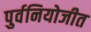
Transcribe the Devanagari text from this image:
पुर्वनियोजीत